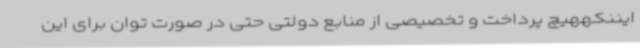
ایننکههیچ پرداخت و تخصیصی از منابع دولتی حتی در صورت توان برای این